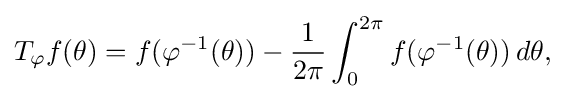
{T_{\varphi }f(\theta )=f(\varphi ^{-1}(\theta ))-{1 \over 2\pi }\int _{0}^{2\pi }f(\varphi ^{-1}(\theta ))\,d\theta ,}